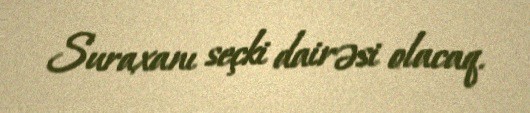
Suraxanı seçki dairəsi olacaq.